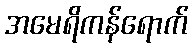
အမေရိကန်ရောက်